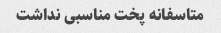
متاسفانه پخت مناسبی نداشت